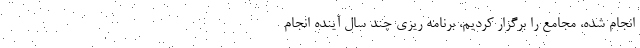
انجام شده، مجامع را برگزار کردیم، برنامه ریزی چند سال آینده انجام